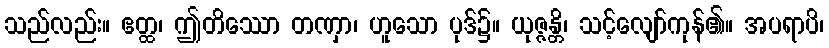
သည်လည်း။ ဧတ္ထ၊ ဤတိဿော တဏှာ၊ ဟူသော ပုဒ်၌။ ယုဇ္ဇန္တိ၊ သင့်လျော်ကုန်၏။ အပရာပိ၊